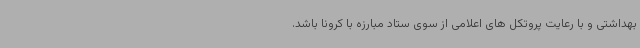
بهداشتی و با رعایت پروتکل های اعلامی از سوی ستاد مبارزه با کرونا باشد.